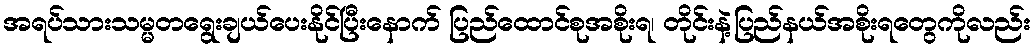
အရပ်သားသမ္မတရွေးချယ်ပေးနိုင်ပြီးနောက် ပြည်ထောင်စုအစိုးရ၊ တိုင်းနဲ့ပြည်နယ်အစိုးရတွေကိုလည်း